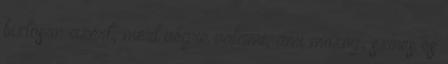
biztosan azért, mert végre valami, ami mozog, színes és